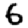
Digit: 6